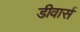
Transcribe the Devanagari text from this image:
डीवार्स